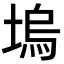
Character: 塢